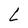
Character: L